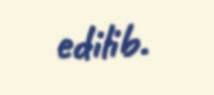
edilib.